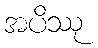
အပိဿု